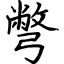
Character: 彆